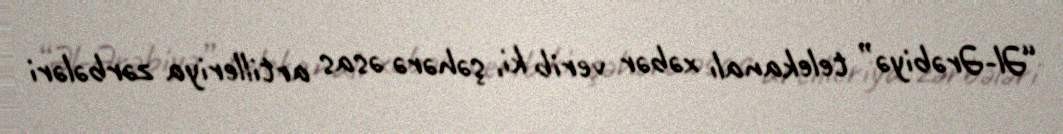
“Əl-Ərəbiyə” telekanalı xəbər verib ki, şəhərə əsas artilleriya zərbələri